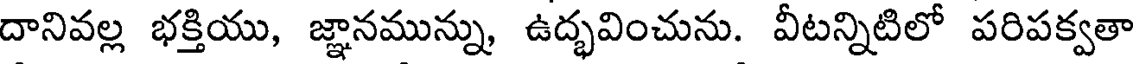
దానివల్ల భక్తియు, జ్ఞానమున్ను, ఉద్భవించును. వీటన్నిటిలో పరిపక్వతా